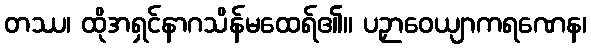
တဿ၊ ထိုအရှင်နာဂသိန်မထေရ်၏။ ပဉှာဝေယျာကရဏေန၊